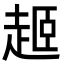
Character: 𬦎